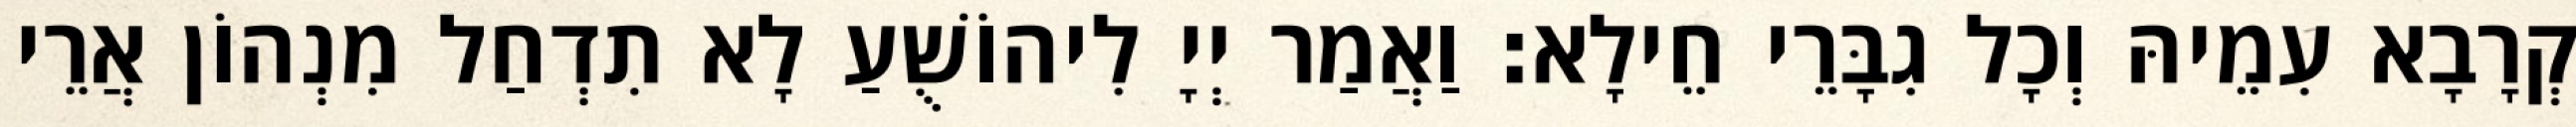
קְרָבָא עִמֵיהּ וְכָל גִבָּרֵי חֵילָא׃ וַאֲמַר יְיָ לִיהוֹשֻׁעַ לָא תִדְחַל מִנְהוֹן אֲרֵי